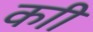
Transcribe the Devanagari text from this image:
काी